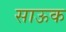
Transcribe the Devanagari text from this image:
साऊक